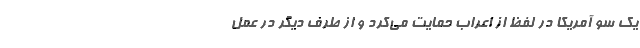
یک سو آمریکا در لفظ از اعراب حمایت می­­­­کرد و از طرف دیگر در عمل